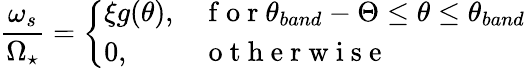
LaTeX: \frac{\omega_{s}}{\Omega_{\star}}=\left\{ \begin{array}{ll}{\xi g(\theta),}&{\mathrm{~f~o~r~}\theta_{band}-\Theta\le\theta\le\theta_{band}}\\ {0,}&{\mathrm{~o~t~h~e~r~w~i~s~e~}}\end{array}\right.